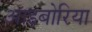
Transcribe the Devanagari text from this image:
आइबोरिया